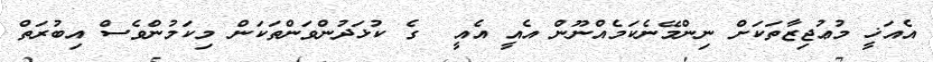
އެއަޚީ މުޢުޖިޒާތަކަށް ނިންމޭނެކަމެއްނޫން އެއީ އެއީ  ގެ ކުޅަދުންވަންތަކަން މިކަމުންވެސް އިބުރަތް